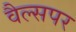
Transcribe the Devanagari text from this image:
वैल्सपर